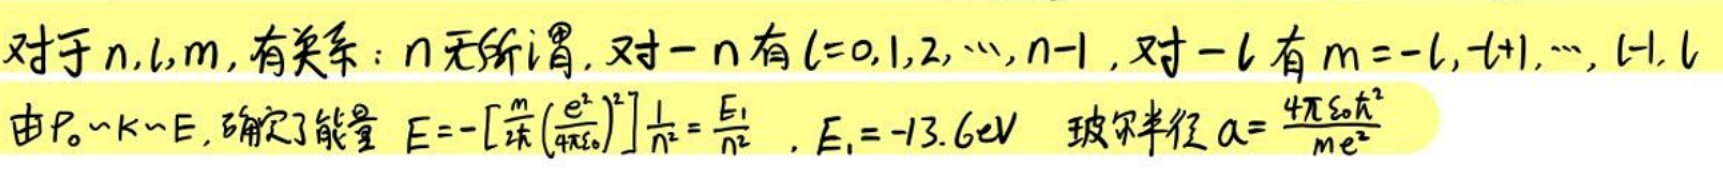
对于\(n,l,m\)，有关系：\(n\)无所谓，对\(-n\)有\(l = 0,1,2,\cdots,n - 1\)，对\(-l\)有\(m = -l,-l + 1,\cdots,l - 1,l\)

由\(p\sim k\sim E\)，确定了能量\(E = -\left[\frac{m}{4\pi\varepsilon_0}\frac{e^2}{\hbar}\right]^2\frac{1}{n^2}=\frac{E_1}{n^2}\)，\(E_1=-13.6eV\) 玻尔半径\(a=\frac{4\pi\varepsilon_0\hbar^2}{me^2}\)